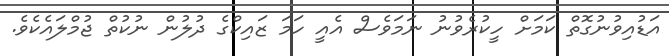
އަޑުއިވުނުގޮތް ކަމަށް ހީކުރެވުނު ނަމަވެސް އެއީ ހަމަ ޒައިކްގެ ދުލުން ނުކުތް ޖުމްލައެކެވެ.